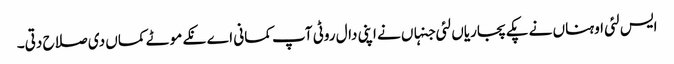
ایس لئی اوہناں نے پکے پجاریاں لئی جنہاں نے اپنی دال روٹی آپ کمانی اے نکے موٹے کماں دی صلاح دتی۔